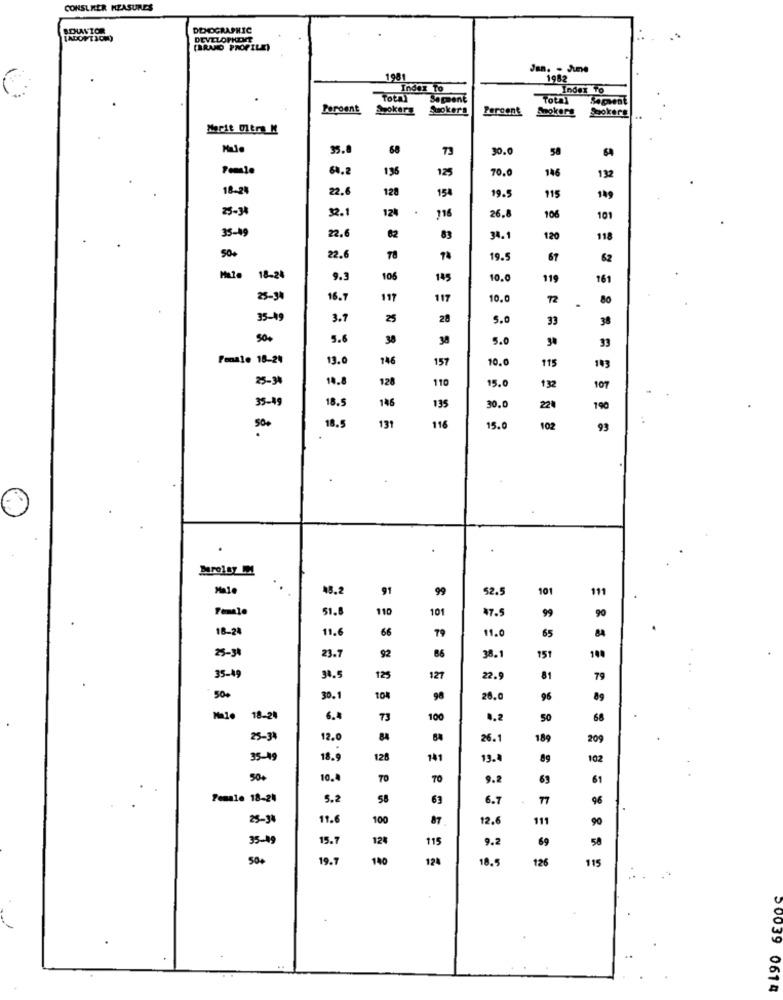
CONSUMER MEASURES
AVTOR
DEMOGRAPHIC
[ADOPTION)
DEVELOPMENT
(BRANO PROPILE)
Jan. - June
1981
1982
Index To
Index To
Total
Sapsent
Total
Sapient
Peroent
Spokerz
Suoker's
Percent
Smokers
Spokers
Marit Ultra M
35.8
68
73
30.0
58
64
196
125
70.0
146
132
18-24
22.6
128
154
19.5
115
149
25-34
2.
124
116
26.0
106
101
35-19
22.
62
83
34.1
120
118
50+
22.6
78
19.5
67
62
18-2
9.3
106
145
10.0
119
161
25-34
16.7
197
117
10.0
72
80
.
35-19
3.7
25
28
5.0
33
38
50.
5.6
38
38
5.0
33
Penale 18-24
13.0
146
157
10.0
115
25-34
14.8
128
110
15.0
132
107
35-49
18.5
146
135
30.
220
190
18.5
131
116
15.0
102
93
Buro187 M
48.2
91
99
52.5
101
111
Female
51.8
110
101
47.
99
18-24
11.6
66
11.0
65
25-31
23.7
92
86
38.1
151
35-49
34.5
125
127
22.
81
79
50.
30.1
104
98
28.0
96
89
18-20
6.4
73
100
0,2
50
68
25-3
12.0
84
26.1
189
209
35-49
18.9
128
141
19.
89
102
50+
10.4
TO
70
9.2
69
61
Female 18-24
5.2
58
63
6.7
77
96
25-34
11.6
100
87
12.
111
90
35-09
15.7
12%
115
9.2
69
50
500
19.7
140
124
18.
115
126
50039 0614